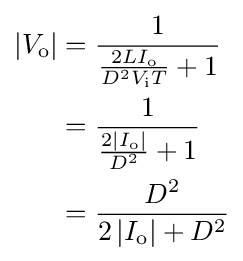
{\begin{aligned}\left|V_{\text{o}}\right|&={\frac {1}{{\frac {2LI_{\text{o}}}{D^{2}V_{\text{i}}T}}+1}}\\&={\frac {1}{{\frac {2\left|I_{\text{o}}\right|}{D^{2}}}+1}}\\&={\frac {D^{2}}{2\left|I_{\text{o}}\right|+D^{2}}}\end{aligned}}